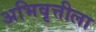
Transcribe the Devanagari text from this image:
अभिवृत्तीला